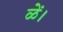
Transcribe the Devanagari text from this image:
ळें।